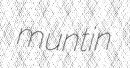
muntin